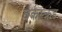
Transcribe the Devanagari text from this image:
बर्कस्क्रंड